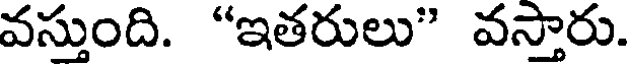
వస్తుంది. "ఇతరులు" వస్తారు.